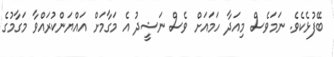
ބޭފުޅެކެވެ. ނަމަވެސް މިއަދާ ހަމައަށް ވެސް ނަޝީދު އެ މަގާމަށް އައްޔަންކުރައްވާ މަގާމުގެ